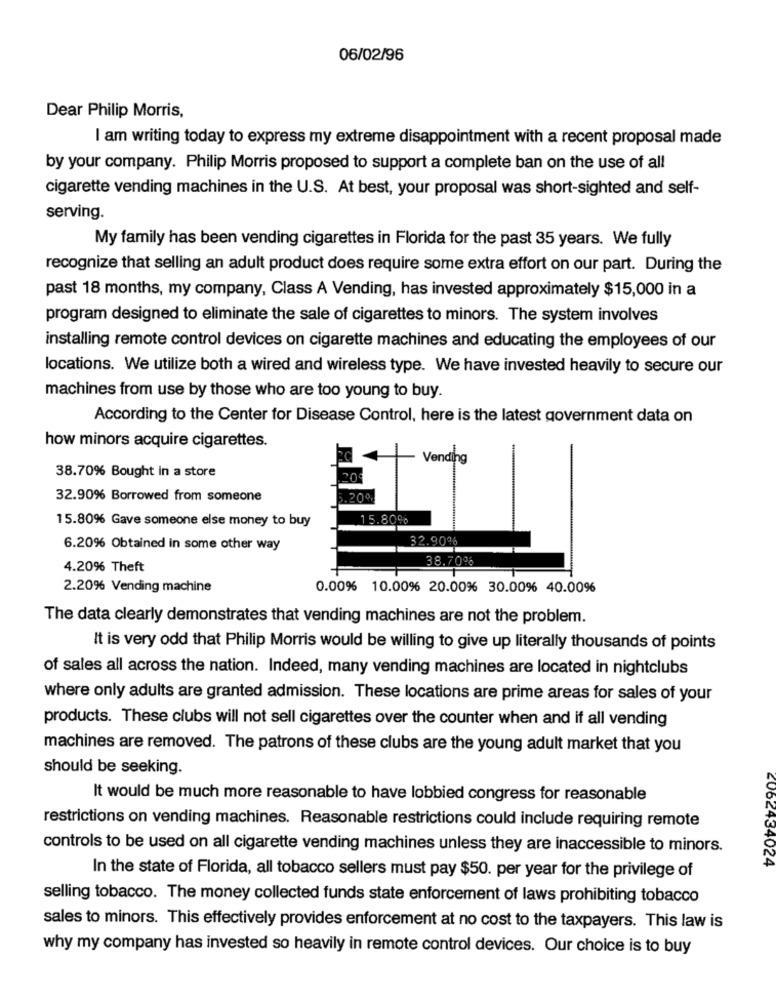
06/02/96
Dear Philip Morris,
I am writing today to express my extreme disappointment with a recent proposal made
by your company. Philip Morris proposed to support a complete ban on the use of all
cigarette vending machines in the U.S. At best, your proposal was short-sighted and self-
serving.
My family has been vending cigarettes in Florida for the past 35 years. We fully
recognize that selling an adult product does require some extra effort on our part. During the
past 18 months, my company, Class A Vending, has invested approximately $15,000 in a
program designed to eliminate the sale of cigarettes to minors. The system involves
installing remote control devices on cigarette machines and educating the employees of our
locations. We utilize both a wired and wireless type. We have invested heavily to secure our
machines from use by those who are too young to buy.
According to the Center for Disease Control, here is the latest government data on
how minors acquire cigarettes.
Vending
38.70% Bought in a store
32.90% Borrowed from someone
15.80% Gave someone else money to buy
15.80%
32.90%
6.20% Obtained in some other way
4.20% Theft
2.20% Vending machine
0.00% 10.00% 20.00% 30.00% 40.00%
The data clearly demonstrates that vending machines are not the problem.
It is very odd that Philip Morris would be willing to give up literally thousands of points
of sales all across the nation. Indeed, many vending machines are located in nightclubs
where only adults are granted admission. These locations are prime areas for sales of your
products. These clubs will not sell cigarettes over the counter when and if all vending
machines are removed. The patrons of these clubs are the young adult market that you
should be seeking.
It would be much more reasonable to have lobbied congress for reasonable
restrictions on vending machines. Reasonable restrictions could include requiring remote
controls to be used on all cigarette vending machines unless they are inaccessible to minors.
CU62434024
In the state of Florida, all tobacco sellers must pay $50. per year for the privilege of
selling tobacco. The money collected funds state enforcement of laws prohibiting tobacco
sales to minors. This effectively provides enforcement at no cost to the taxpayers. This law is
why my company has invested so heavily in remote control devices. Our choice is to buy